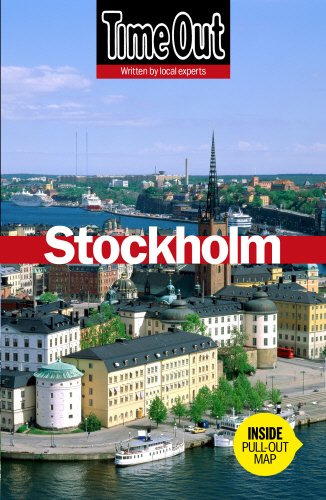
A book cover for Time Out Stockholm (Time Out Guides); Travel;